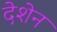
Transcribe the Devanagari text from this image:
देशेन